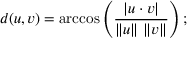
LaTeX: d ( u , v ) = \operatorname { a r c c o s } \left( { \frac { | u \cdot v | } { \| u \| \ \| v \| } } \right) ;